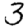
Digit: 3